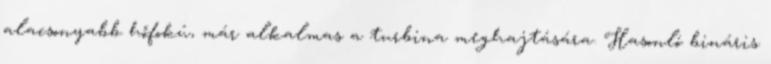
alacsonyabb hőfokú, már alkalmas a turbina meghajtására. Hasonló bináris